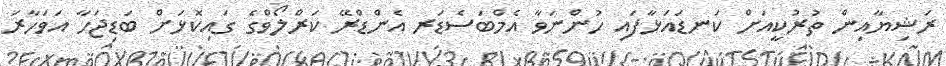
ރަޝިޔާއިން ތުރުކީއަށް ކަނޑައަޅާފައި ހުންނަވާ އެމްބަސެޑަރ އެންޑްރޭ ކަރްލޯވްގެ ގައިކޮޅަށް ބަޑިޖަހާ އަވަހާރަ